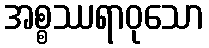
အစ္စဿရာဝုသော